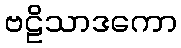
ဗဠိသာဒကော